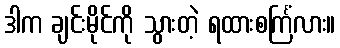
ဒါက ချင်းမိုင်ကို သွားတဲ့ ရထားစင်္ကြံလား။